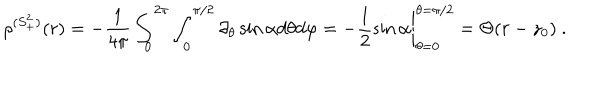
LaTeX: \rho ^ { ( S _ { + } ^ { 2 } ) } ( r ) = - \frac { 1 } { 4 \pi } \int _ { 0 } ^ { 2 \pi } \int _ { 0 } ^ { \pi / 2 } \partial _ { \theta } \sin \alpha d \theta d \varphi = - \left. \frac { 1 } { 2 } \sin \alpha \right| _ { \theta = 0 } ^ { \theta = \pi / 2 } = \Theta ( r - z _ { 0 } ) \ .